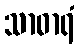
သာဓာရံ